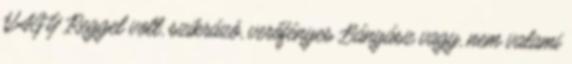
VAGY Reggel volt, szikrázó, verőfényes Bányász vagy, nem valami